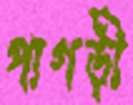
পাগড়ী